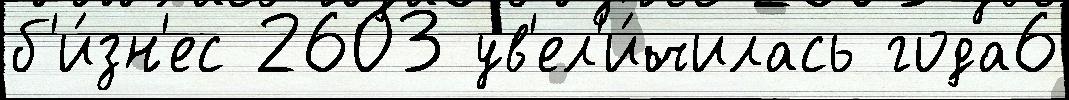
б'и́зн'ес 2603 ув'ел'и́чилась года6